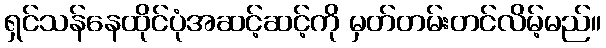
ရှင်သန်နေထိုင်ပုံအဆင့်ဆင့်ကို မှတ်တမ်းတင်လိမ့်မည်။